Indian journal of veterinary science and animal husbandry - Volumes 28-29, 1958-1959
Year: 1958
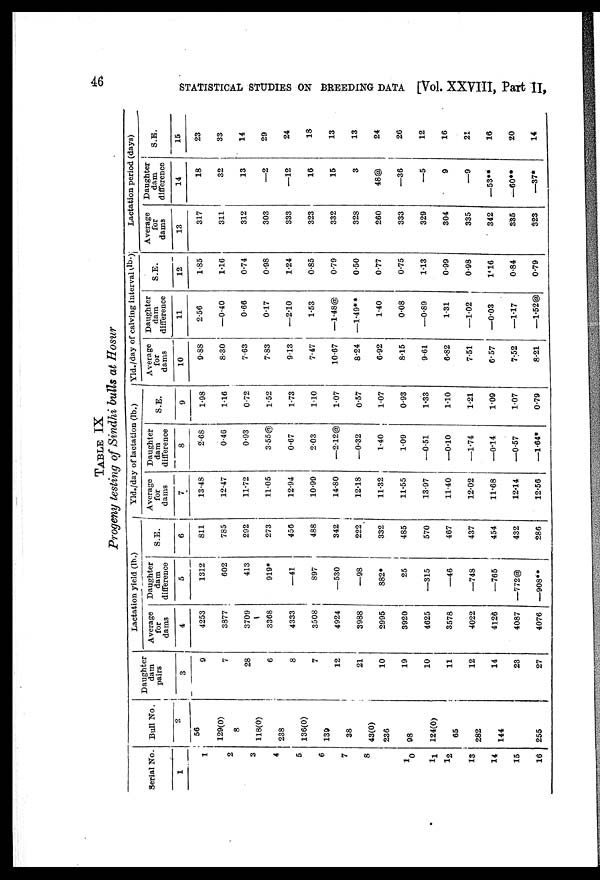
46
STATISTICAL STUDIES ON BREEDING DATA [Vol. XXVIII, Part II,
TABLE IX
Progeny testing of Sindhi bulls at Hosur
Serial No.
1
1
2
3
4
5
6
7
8
10
11
12
13
14
15
16
Bull No.
2
56
129(0)
8
118(0)
238
136(0)
139
38
43(0)
236
98
124(0)
65
282
144
255
Daughter
dam
pairs
3
9
7
28
6
8
7
12
21
10
19
10
11
12
14
23
27
Lactation yield (lb.)
Average
for
dams
4
4253
3877
3709
3368
4333
3508
4924
3988
2995
3920
4625
3578
4022
4126
4087
4076
Daughter
dam
difference
5
1312
602
413
919*
—41
897
—530
—98
882*
25
—315
—46
—748
—765
—772@
—908**
S.E.
6
811
785
292
273
456
488
342
222
332
485
570
467
437
454
432
286
Yld./day of lactation (lb.)
Average
for
dams
7
13.48
12.47
11.72
11.05
12.94
10.99
14.80
12.18
11.32
11.55
13.97
11.40
12.02
11.68
12.14
12.56
Daughter
dam
difference
8
2.68
0.46
0.93
3.55@
0.67
2.03
—2.12@
—0.32
1.40
1.09
—0.51
—0.10
—1.74
—0.14
—0.57
—1.64*
S.E.
9
1.98
1.16
0.72
1.52
1.73
1.10
1.07
0.57
1.07
0.93
1.33
1.10
1.21
1.09
1.07
0.79
Yld./day of calving interval (lb.)
Average
for
dams
10
9.88
8.30
7.63
7.83
9.13
7.47
10.67
8.24
6.92
8.15
9.61
6.82
7.51
6.57
7.52
8.21
Daughter
dam
difference
11
2.56
—0.40
0.66
0.17
—2.10
1.53
—1.48@
—1.49**
1.40
0.08
—0.89
1.31
—1.02
—0.03
—1.17
—1.52@
S.E.
12
1.85
1.16
0.74
0.98
1.24
0.85
0.79
0.50
0.77
0.75
1.13
0.99
0.98
1'16
0.84
0.79
Lactation period (days)
Average
for
dams 13
317
311
312
303
333
323
332
328
260
333
329
304
335
342
335
323
Daughter
dam
difference 14
18
32
13
—2
—12
16
15
3
48@
—36
—5
9
—9
—53**
—60**
—37*
S.E.
15
23
33
14
29
24
18
13
13
24
26
12
16
21
16
20
14